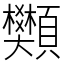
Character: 䫶